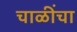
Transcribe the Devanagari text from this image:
चाळींचा